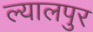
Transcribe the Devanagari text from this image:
ल्यालपुर